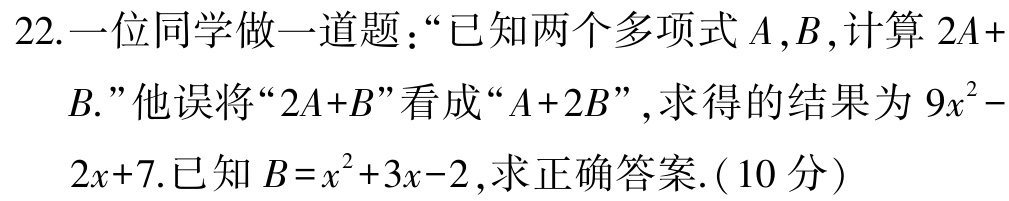
22.一位同学做一道题：“已知两个多项式\(A,B\),计算\(2A + B.\)”他误将“\(2A + B\)”看成“\(A + 2B\)”，求得的结果为\(9x^{2}-2x + 7\).已知\(B = x^{2}+3x - 2\)，求正确答案.(10分)